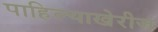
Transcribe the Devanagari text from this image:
पाहिल्याखेरीज